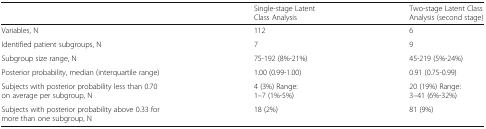
<table><thead><tr><td></td><td><b>Single-stage Latent Class Analysis</b></td><td><b>Two-stage Latent Class Analysis (second stage)</b></td></tr></thead><tbody><tr><td>Variables, N</td><td>112</td><td>6</td></tr><tr><td>Identified patient subgroups, N</td><td>7</td><td>9</td></tr><tr><td>Subgroup size range, N</td><td>75-192 (8%-21%)</td><td>45-219 (5%-24%)</td></tr><tr><td>Posterior probability, median (interquartile range)</td><td>1.00 (0.99-1.00)</td><td>0.91 (0.75-0.99)</td></tr><tr><td>Subjects with posterior probability less than 0.70 on average per subgroup, N</td><td>4 (3%) Range: 1–7 (1%-5%)</td><td>20 (19%) Range: 3–41 (6%-32%)</td></tr><tr><td>Subjects with posterior probability above 0.33 for more than one subgroup, N</td><td>18 (2%)</td><td>81 (9%)</td></tr></tbody></table>